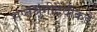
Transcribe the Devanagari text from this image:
सप्तश्रृंगीदेवीकडे